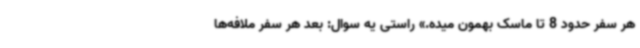
هر سفر حدود 8 تا ماسک بهمون میده.» راستی یه سوال: بعد هر سفر ملافه‌ها